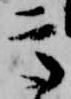
高